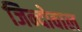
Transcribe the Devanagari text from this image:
जिन्दोवाल